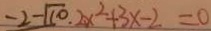
- 2 - \sqrt { 1 0 } . 2 x ^ { 2 } + 3 x - 2 = 0